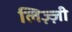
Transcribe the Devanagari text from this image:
लिज़्ज़ी